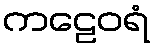
ကဠေဝရံ